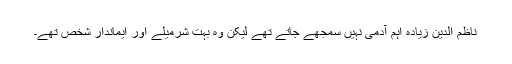
ناظم الدین زیادہ اہم آدمی نہیں سمجھے جاتے تھے لیکن وہ بہت شرمیلے اور ایماندار شخص تھے۔